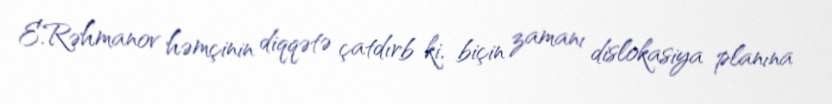
E.Rəhmanov həmçinin diqqətə çatdırb ki, biçin zamanı dislokasiya planına